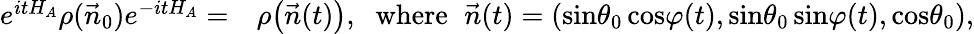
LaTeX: \begin{array}{rl}{e^{itH_{A}}\rho(\vec{n}_{0})e^{-itH_{A}}=}&{\rho\big(\vec{n}(t)\big),\, \, \mathrm{~where~}\, \, \vec{n}(t)=(\mathrm{sin}\theta_{0}\, \mathrm{cos}\varphi(t),\mathrm{sin}\theta_{0}\, \mathrm{sin}\varphi(t),\mathrm{cos}\theta_{0}),}\end{array}